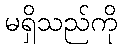
မရှိသည်ကို